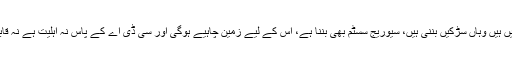
اس پرچیف جسٹس نے ریمارکس دیے کہ جہاں سڑکیں نہیں ہیں وہاں سڑکیں بننی ہیں، سیوریج سسٹم بھی بننا ہے، اس کے لیے زمین چاہیے ہوگی اور سی ڈی اے کے پاس نہ اہلیت ہے نہ قابلیت، پھر کیسے اس منصوبے کو نافذ العمل کیا جائے گا؟